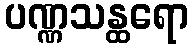
ပဏ္ဏသန္ထရော